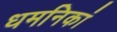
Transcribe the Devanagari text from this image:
धमनिकां